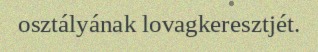
osztályának lovagkeresztjét.